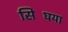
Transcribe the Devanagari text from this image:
सिघिंया